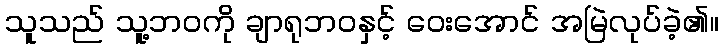
သူသည် သူ့ဘဝကို ချာရုဘဝနှင့် ဝေးအောင် အမြဲလုပ်ခဲ့၏။